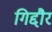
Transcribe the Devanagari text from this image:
गिद्दौर